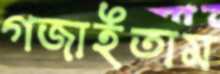
গজাইতাম